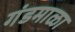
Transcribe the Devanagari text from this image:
गंडमाळा